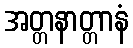
အတ္တနာတ္တာနံ